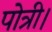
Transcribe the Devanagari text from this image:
पोत्री।